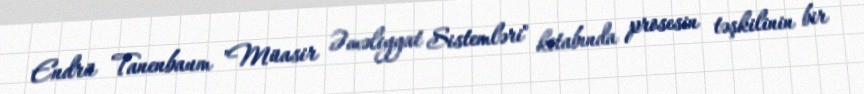
Endrü Tanenbaum "Müasir Əməliyyat Sistemləri" kitabında prosesin təşkilinin bir